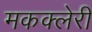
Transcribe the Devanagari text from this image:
मकक्लेरी